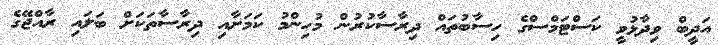
އަދީބް ވިދާޅުވީ ކަސްޓަމްސްގެ ހިސާބުތައް ދިރާސާކުރުން މުހިންމު ކަމަށާއި ދިރާސާތަކަށް ބަލައި ރާއްޖޭގެ